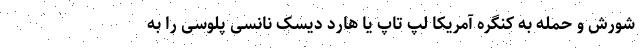
شورش و حمله به کنگره آمریکا لپ تاپ یا هارد دیسک نانسی پلوسی را به